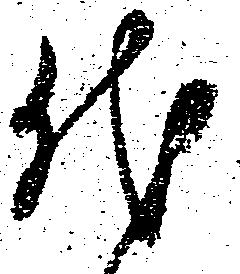
代